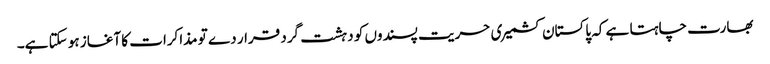
بھارت چاہتا ہے کہ پاکستان کشمیری حریت پسندوں کو دہشت گرد قرار دے تو مذاکرات کا آغاز ہو سکتا ہے۔